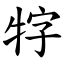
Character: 牸